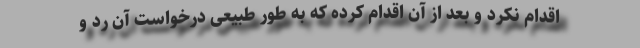
اقدام نکرد و بعد از آن اقدام کرده که به طور طبیعی درخواست آن رد و